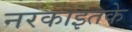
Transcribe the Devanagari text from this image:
नरकाइतके